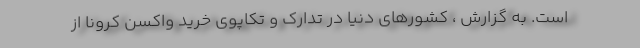
است. به گزارش ، کشورهای دنیا در تدارک و تکاپوی خرید واکسن کرونا از